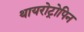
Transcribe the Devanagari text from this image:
थायरोट्रोपिन